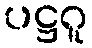
ပဋ္ဌဂူ